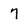
Character: 7